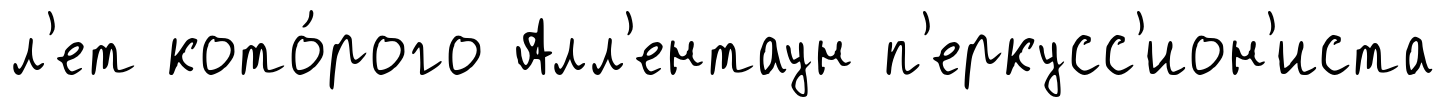
л'ет кото́рого Алл'ентаун п'еркусс'ион'иста